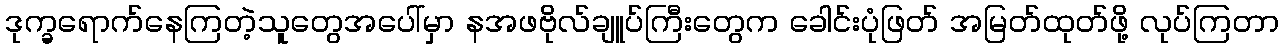
ဒုက္ခရောက်နေကြတဲ့သူတွေအပေါ်မှာ နအဖဗိုလ်ချူပ်ကြီးတွေက ခေါင်းပုံဖြတ် အမြတ်ထုတ်ဖို့ လုပ်ကြတာ